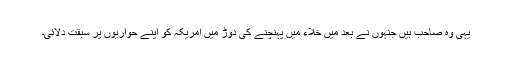
یہی وہ صاحب ہیں جنہوں نے بعد میں خلاء میں پہنچنے کی دوڑ میں امریکہ کو اپنے حواریوں پر سبقت دلائی۔